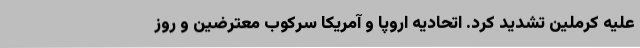
علیه کرملین تشدید کرد. اتحادیه اروپا و آمریکا سرکوب معترضین و روز